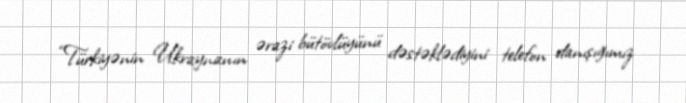
“Türkiyənin Ukraynanın ərazi bütövlüyünü dəstəklədiyini telefon danışığımız